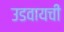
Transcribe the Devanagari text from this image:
उडवायची